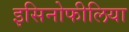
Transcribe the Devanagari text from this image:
इसिनोफीलिया